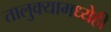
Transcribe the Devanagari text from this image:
तालुक्यामध्येही